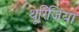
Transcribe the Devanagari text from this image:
थूरिंजिया